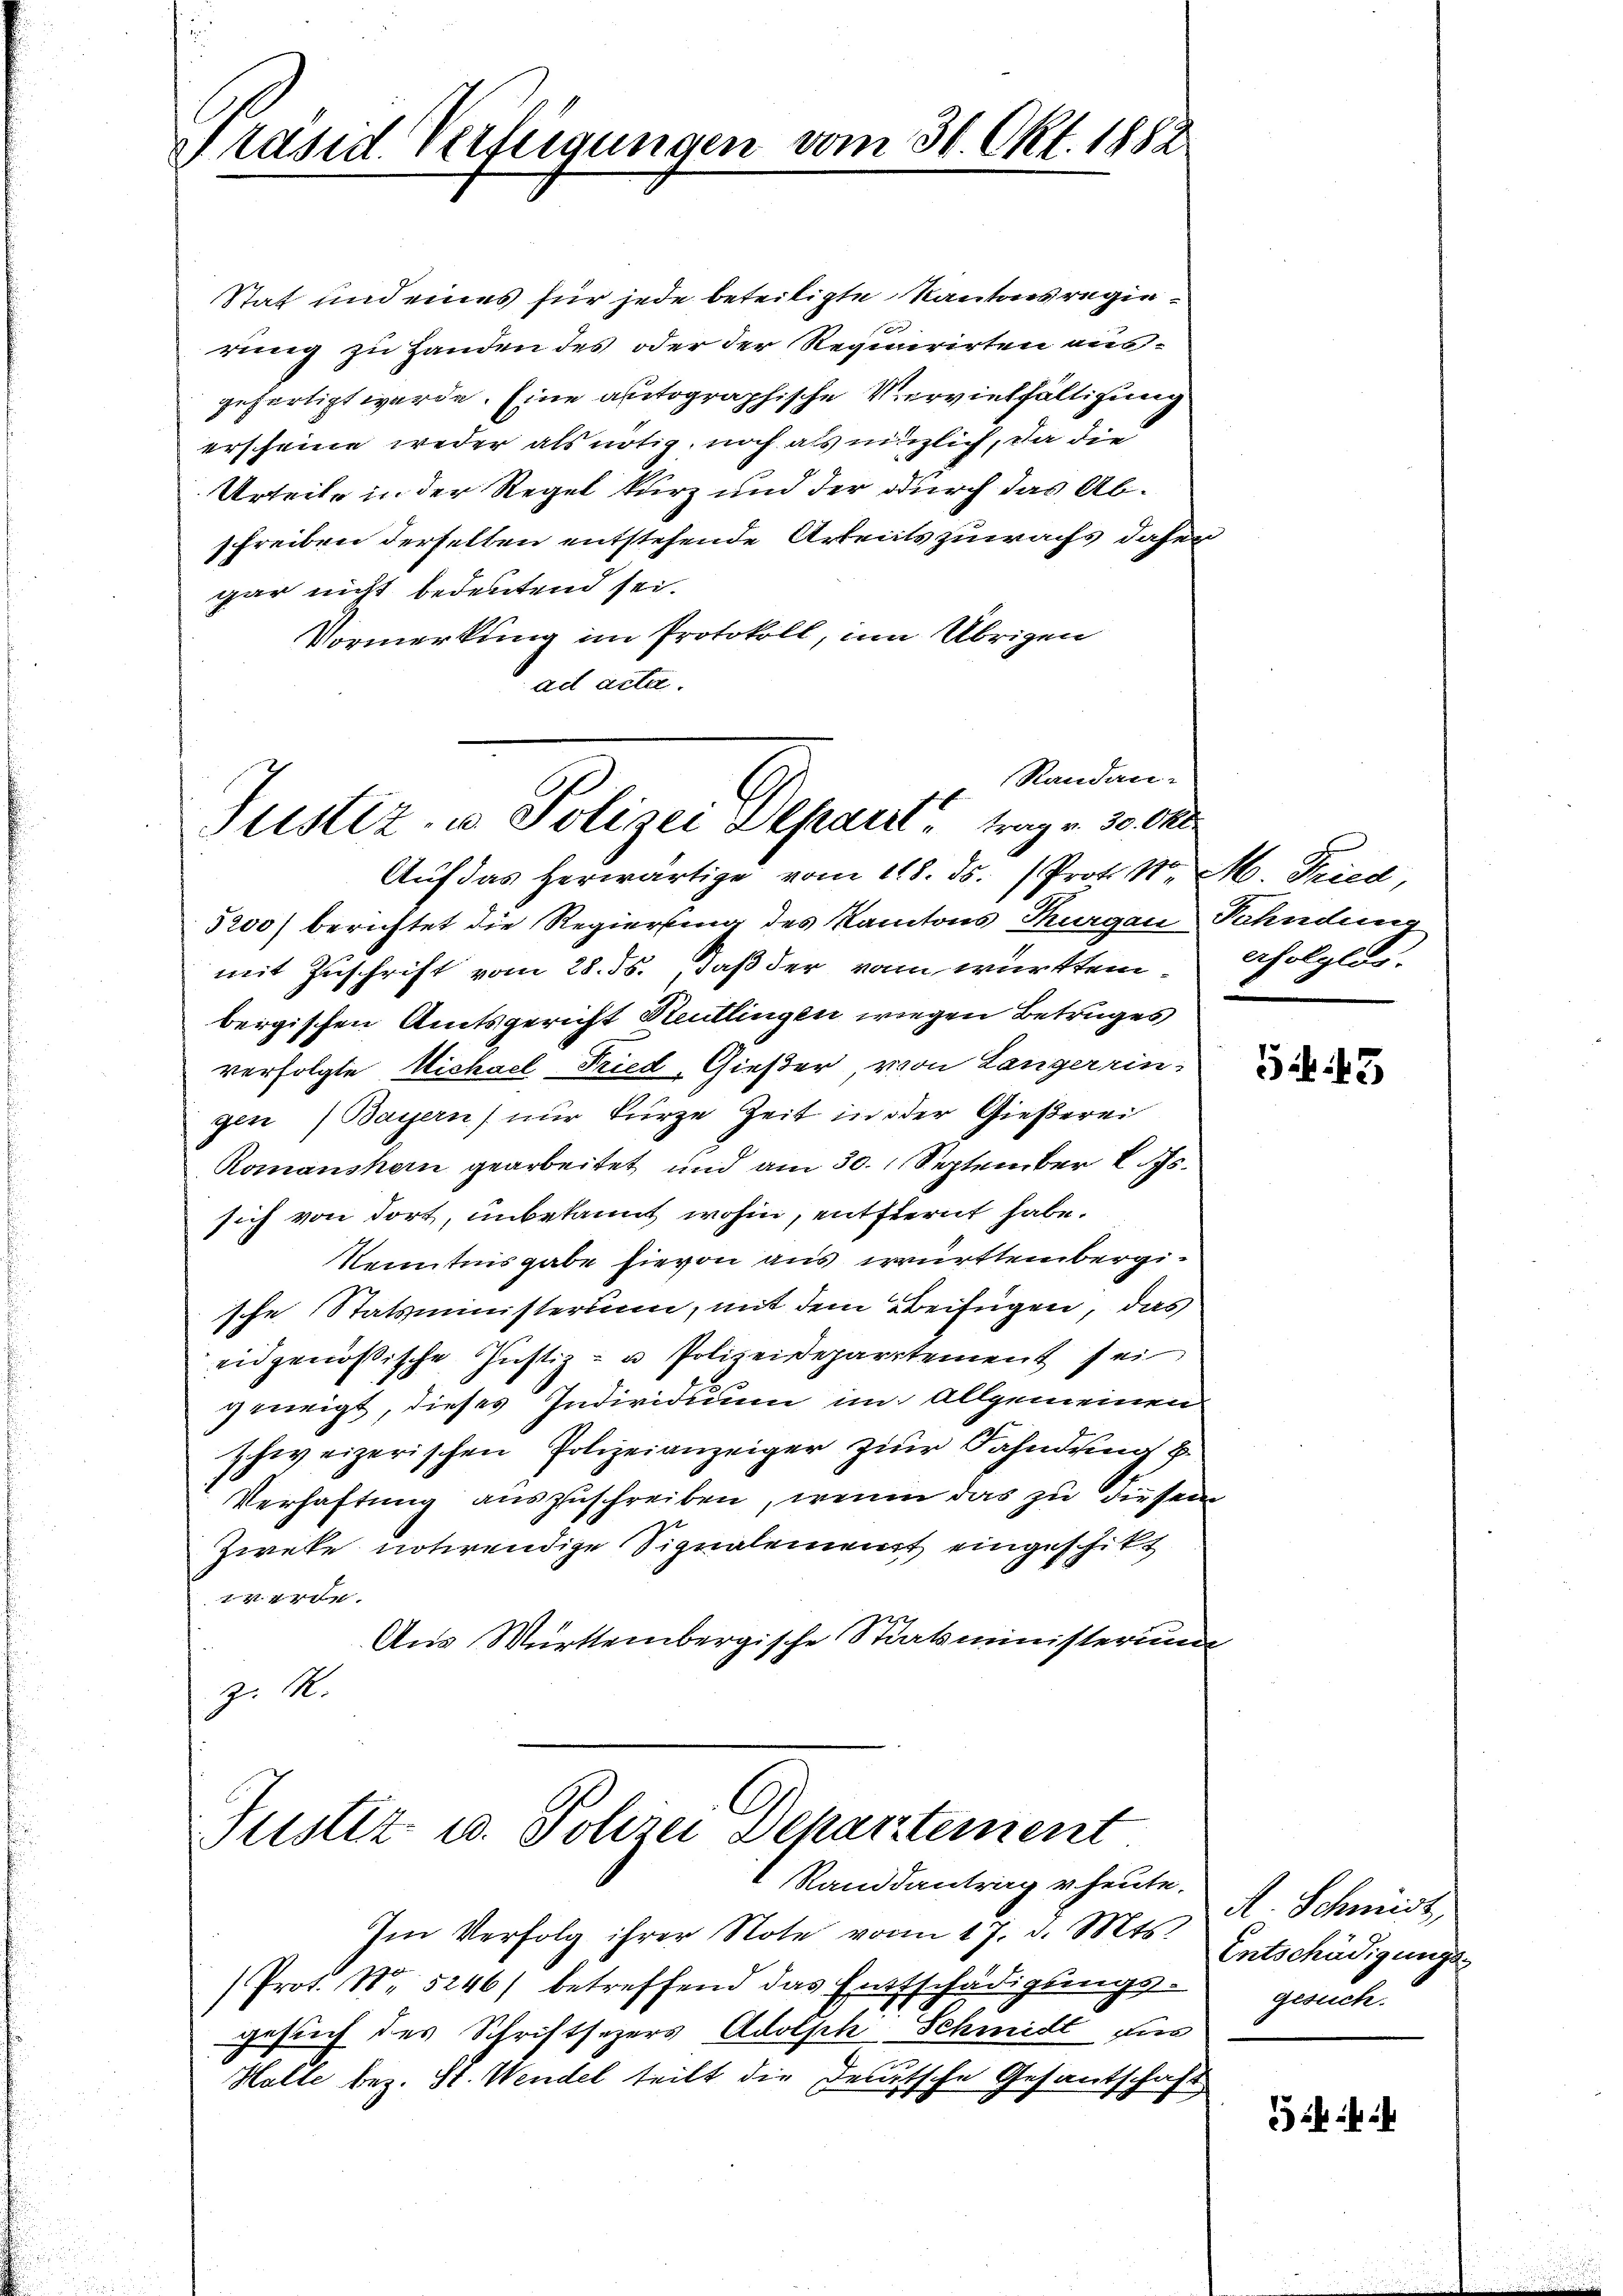
Präsid. Verfeigungen vom 31. Okt. 1882

Stat und eines für jede beteiligte Kantonsregierung zu Handen des oder der Requirirten ausgefertigt werde. Eine autographische Vervielfältigung
erscheine weder als nötig, noch als nützlich, da die
Urteile in der Regel kurz und der durch das Abschreiben derselben entstehende Arbeitszuwachs daher
gar nicht bedeutend sei.
Vormerkung im Protokoll, um Übrigen
ad acta.
Auf das herwärtige vom 118. ds. (Pro. 1. M. Fried,
5200) berichtet die Regierung des Kantons Margau Bahndung
mit Zuschrift vom 28. ds., daß der von württembergischen Amtsgericht Steutlingen wiegen Betruges
verfolgte Michael Fried-Gießer, von Langerein-
gen) Bayern nur kurze Zeit in der Gießerei
Romanshorn gearbeitet und am 30. September 1. Js.
sich von dort, unbekannt wohin, entfternt habe.
Kenntnisgabe hievon aus württembergische Statsministerium, mit dem Beifügen, das
eidgenössische Justiz- u Polizeidepartement sei
geneigt, dieses Individuum im allgemeinen
schweizerischen Polizeianzeiger zur Fahndung
Verhaftung auszuschreiben, wenn das zu diesem
Zweke notwendige Signalement eingeschikt
4
Aus Württembergische Staatsministerium
Z. M.

Randan¬
Justiz, u. Polizei Dekant trag v. 30. Okt

Justiz- u. Polizei Departement
Randantrag v. heute.

efolglos.

Im Verfolg ihrer Note von 17. d. Mts.
Prot. Nr. 5246) betreffend das Entschädigungs-
gesuch des Schriftsezers Adolph Schmidt das
Halle bez. St. Wendel teilt die Deutsche Gesantschaft

543

A. Schmidt,
Entschädigungsgesuch.